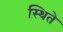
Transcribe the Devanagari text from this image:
स्थिते